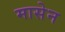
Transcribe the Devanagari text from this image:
मासेन